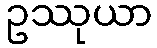
ဥဿုယာ